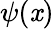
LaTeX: \psi(\mathit{x})